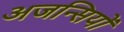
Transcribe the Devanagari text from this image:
अजन्सियों